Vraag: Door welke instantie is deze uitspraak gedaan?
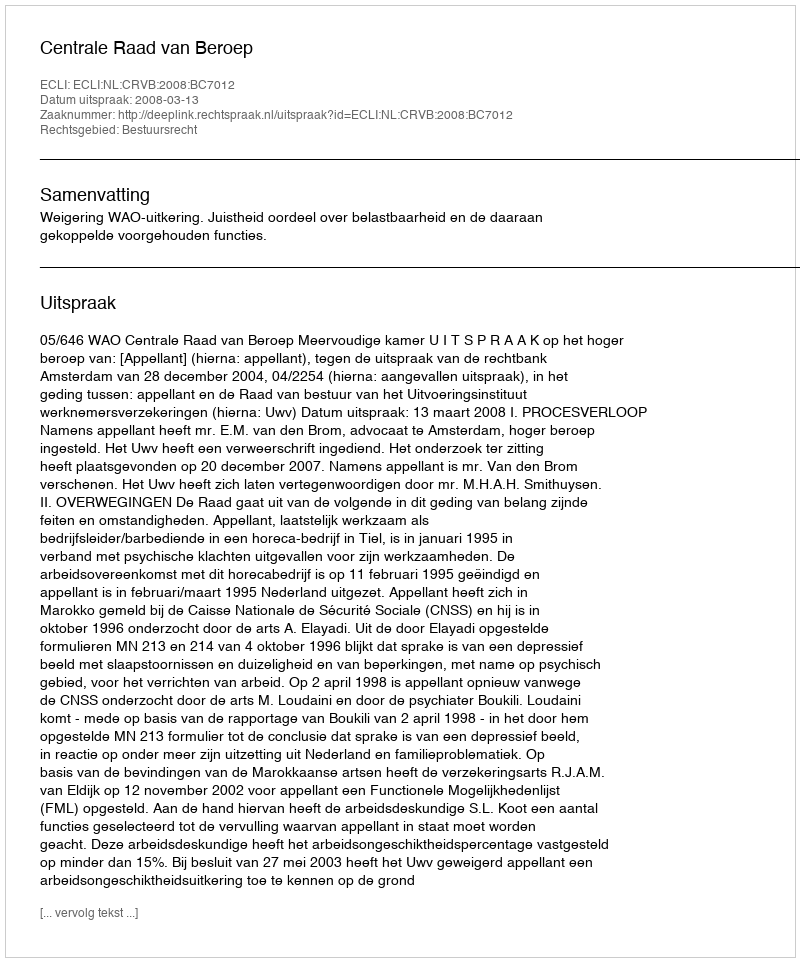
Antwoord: Centrale Raad van Beroep